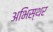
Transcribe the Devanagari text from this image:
अभिस्थर